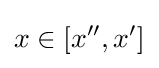
x\in [x'',x']